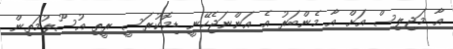
އާ މަޖިލިސް އަށް އާ މެންބަރު އެ އަންނަޖެހޭނީ ޑިމޮކުރަސީ ރީތި އުސޫލުމަތިން